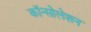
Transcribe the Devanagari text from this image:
कॉन्सोलेशन